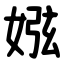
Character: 娹